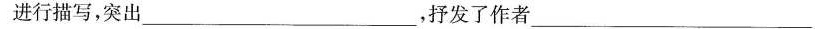
进行描写，突出___，抒发了作者___